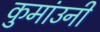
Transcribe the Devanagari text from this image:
कुमांउनी